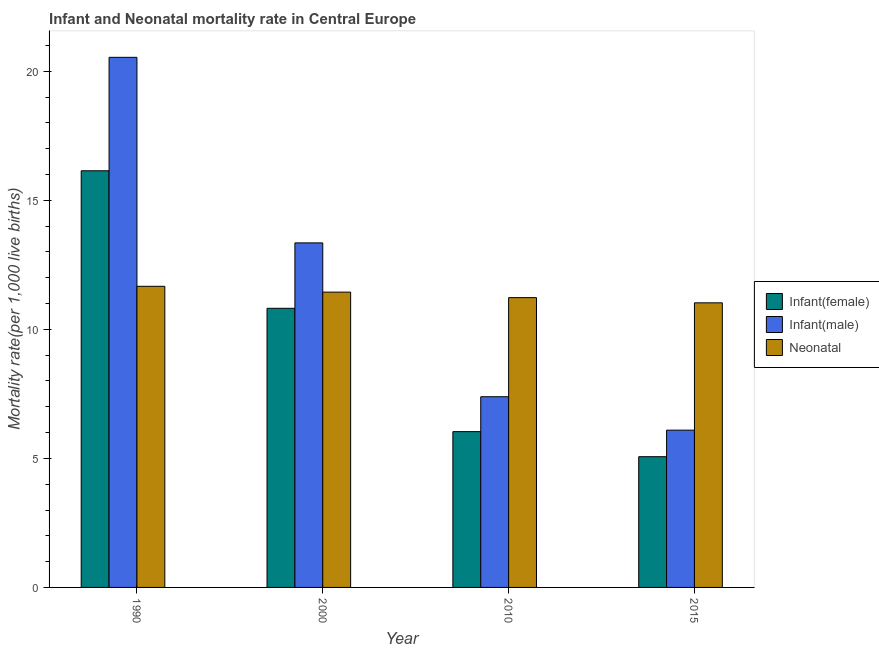
| Year | Infant(female) | Infant(male) | Neonatal  |
 | --- | --- | --- | --- |
 | 1990 | 16.1 | 20.5 | 11.7 |
 | 2000 | 10.8 | 13.4 | 11.4 |
 | 2010 | 6.04 | 7.39 | 11.2 |
 | 2015 | 5.07 | 6.09 | 11 |